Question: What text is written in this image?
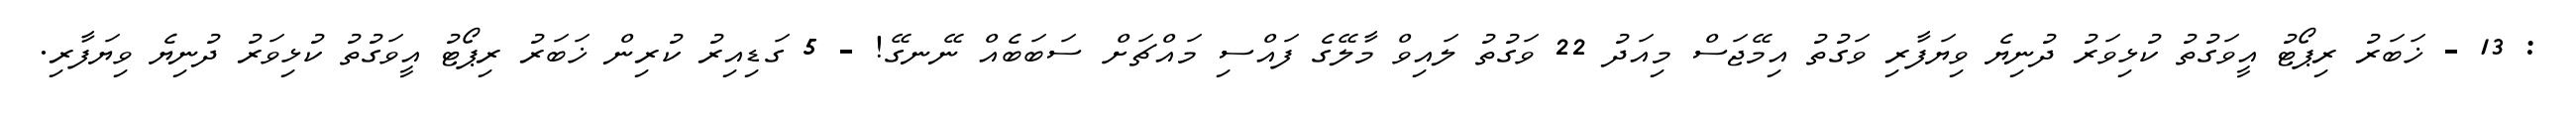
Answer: : 13 - ޚަބަރު ރިޕޯޓު އީވަގުތު ކުޅިވަރު ދުނިޔެ ވިޔަފާރި ވަގުތު އިމޭޖަސް މިއަދު 22 ވަގުތު ލައިވް މާލޭގެ ފައްސި މައްޗަށް ސަބަބެއް ނޭނގޭ! - 5 ގަޑިއިރު ކުރިން ޚަބަރު ރިޕޯޓު އީވަގުތު ކުޅިވަރު ދުނިޔެ ވިޔަފާރި.